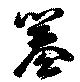
簒